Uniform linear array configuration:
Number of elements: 32
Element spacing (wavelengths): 1
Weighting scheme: kaiser
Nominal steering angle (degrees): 0
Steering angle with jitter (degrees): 0.1226
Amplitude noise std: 0.05
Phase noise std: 0.05

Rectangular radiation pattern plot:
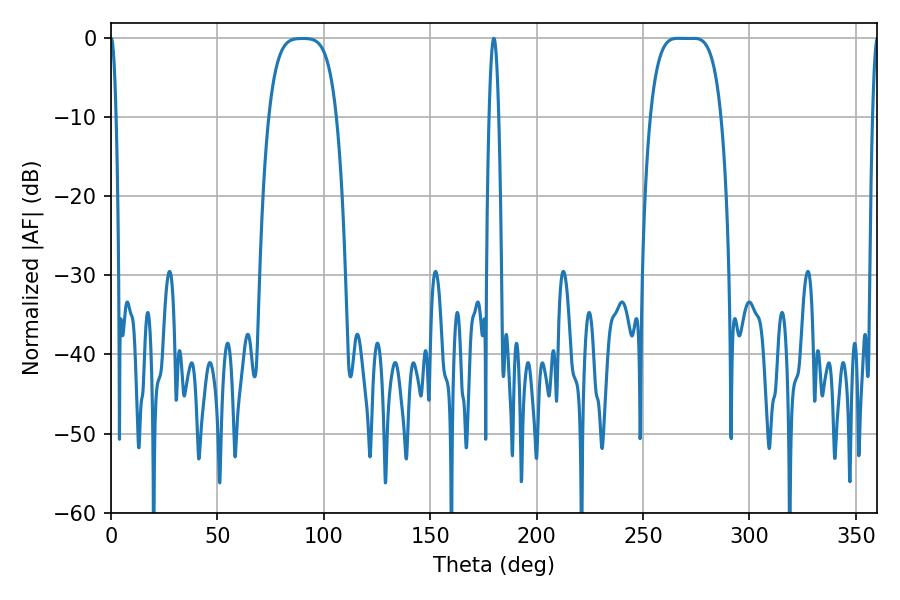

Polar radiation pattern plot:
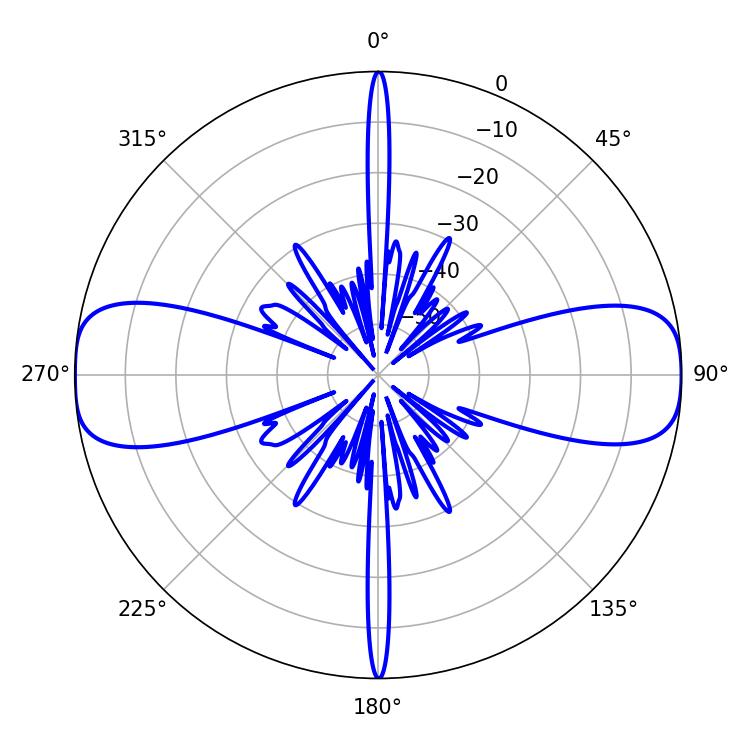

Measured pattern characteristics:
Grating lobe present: TRUE
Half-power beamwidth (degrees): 25.2
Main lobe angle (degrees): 266.4